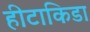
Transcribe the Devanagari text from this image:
हीटाकिडा